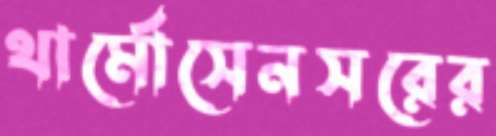
থার্মোসেনসরের